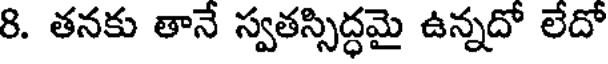
8. తనకు తానే స్వతస్సిద్ధమై ఉన్నదో లేదో